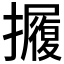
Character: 𱡋